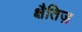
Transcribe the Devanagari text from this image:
क्षैतिज़